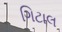
ગિટાલ